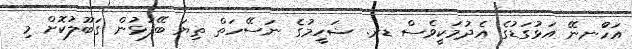
އަހުްނނޭ އަޅުގަޑުގެ އެދުމަކީވެސް ޑރ. ޝަހީމުގެ ނަސޭހަތް ތިޔަ ބޭފުޅުން ގަބޫލުކޮށް މި